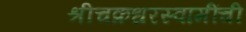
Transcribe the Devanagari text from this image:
श्रीचक्रधरस्वामींची